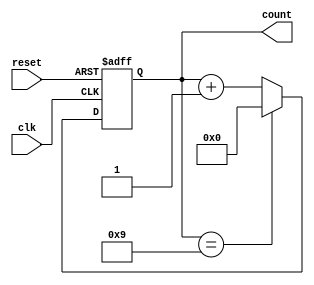
module BCD_Counter (
    input wire clk,          // Clock input
    input wire reset,        // Asynchronous reset
    output reg [3:0] count   // Count output (D3, D2, D1, D0)
);

// Asynchronous reset and counting behavior
always @(posedge clk or posedge reset) begin
    if (reset) begin
        count <= 4'b0000;    // Reset the count to 0
    end else begin
        if (count == 4'b1001) begin
            count <= 4'b0000; // Reset to 0 when count reaches 9
        end else begin
            count <= count + 1; // Increment the count
        end
    end
end

endmodule